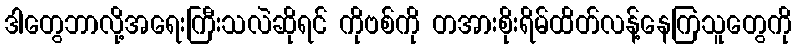
ဒါတွေဘာလို့အရေးကြီးသလဲဆိုရင် ကိုဗစ်ကို တအားစိုးရိမ်ထိတ်လန့်နေကြသူတွေကို